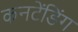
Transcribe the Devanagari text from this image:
कनटेंडिंग